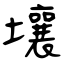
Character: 壌